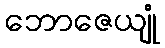
ဘောဇေယျုံ